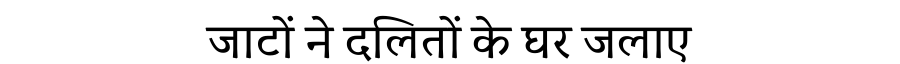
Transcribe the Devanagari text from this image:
जाटों ने दलितों के घर जलाए